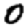
Digit: 0